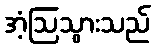
အံ့ဩသွားသည်